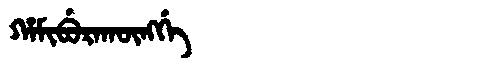
Manchu: ᡥᠠᠮᡳᠪᡠᡵᠠᡴᡡᠩᡤᡝ
Romanization: HAMIBURAKŪNGGE